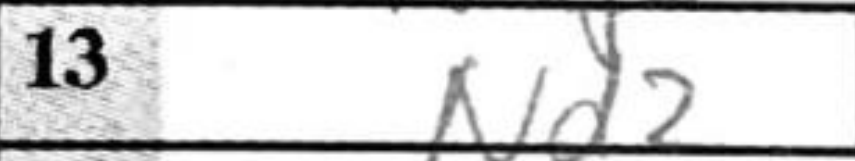
Transcription: Nd2